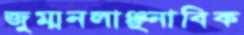
জুম্মনলাঞ্ছনাবিক